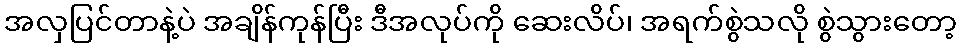
အလှပြင်တာနဲ့ပဲ အချိန်ကုန်ပြီး ဒီအလုပ်ကို ဆေးလိပ်၊ အရက်စွဲသလို စွဲသွားတော့